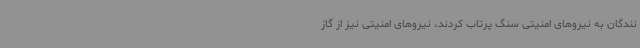
نندگان به نیروهای امنیتی سنگ پرتاب‌ کردند، نیروهای امنیتی نیز از گاز